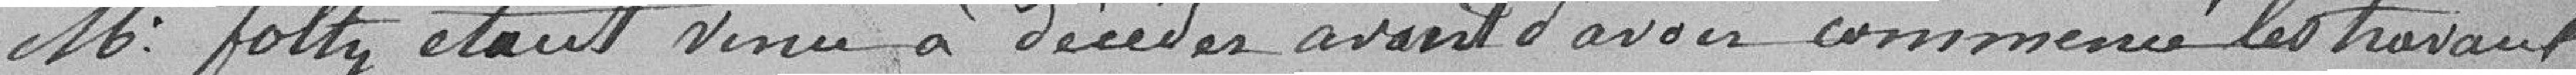
M. Foltz étant venu à décéder avant d'avoir commencé les travaux